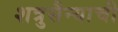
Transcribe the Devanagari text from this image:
शत्रुसैन्याची